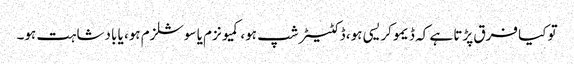
تو کیا فرق پڑتا ہے کہ ڈیموکریسی ہو، ڈکٹیٹر شپ ہو، کمیونزم یا سوشلزم ہو، یا بادشاہت ہو۔